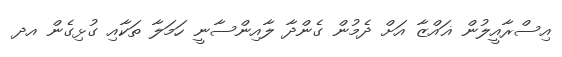
އިސްރާއީލުން ޣައްޒާ އަށް ދެމުން ގެންދާ ލާއިންސާނީ ހަމަލާ ތަކާއި ގުޅިގެން އދ